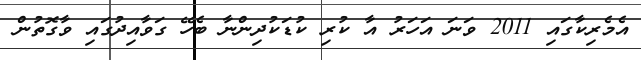
އެމެރިކާގައި 2011 ވަނަ އަހަރު އާ ކުރި ކުޑަކުދިންނާ ބެހޭ ގަވާއިދުގައި ވާގޮތުން